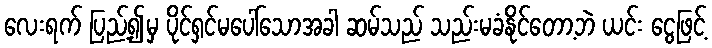
လေးရက် ပြည့်၍မှ ပိုင်ရှင်မပေါ်သောအခါ ဆမ်သည် သည်းမခံနိုင်တော့ဘဲ ယင်း ငွေဖြင့်